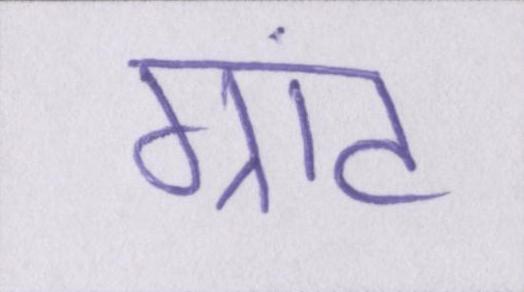
ग्रांट